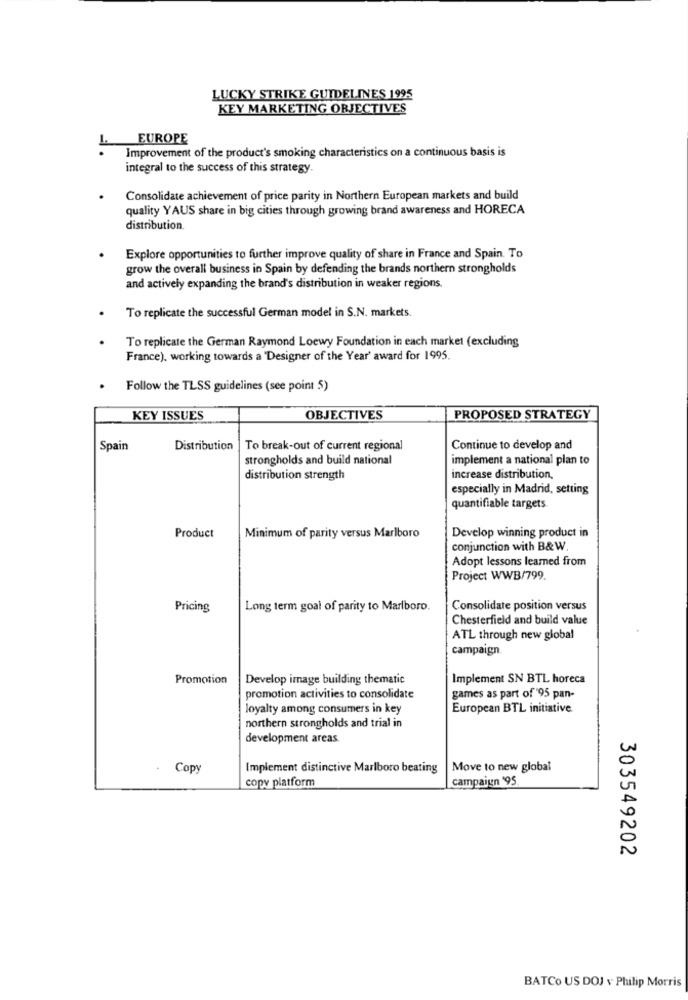
LUCKY STRIKE GUIDELINES 1995
KEY MARKETING ORJECTIVES
EUROPE
L
Improvement of the product's smoking characteristics on a continuous basis is
integral to the success of this strategy.
Consolidate achievement of price parity in Northern European markets and build
quality YAUS share in big cities through growing brand awareness and HORECA
distribution.
Explore opportunities to further improve quality of share in France and Spain. To
grow the overall business in Spain by defending the brands northern strongholds
and actively expanding the brand's distribution in weaker regions.
To replicate the successful German model in S.N. markets.
To replicate the German Raymond Loewy Foundation in each market (excluding
France), working towards a 'Designer of the Year' award for 1995.
Follow the TLSS guidelines (see point 5)
KEY ISSUES
OBJECTIVES
PROPOSED STRATEGY
Spain
Distribution | To break-out of current regional
Continue to develop and
strongholds and build national
implement a national plan to
distribution strength
increase distribution,
especially in Madrid, setting
quantifiable targets.
Product
Minimum of parity versus Marlboro
Develop winning product in
conjunction with B& W.
Adopt lessons learned from
Project WWB/799.
Pricing
Long term goal of parity to Marlboro.
Consolidate position versus
Chesterfield and build value
ATL through new global
campaign.
Promotion
Develop image building thematic
Implement SN BTL horeca
promotion activities to consolidate
games as part of '95 pan-
loyalty among consumers in key
European BTL initiative
northern strongholds and trial in
development areas.
Copy
Implement distinctive Marlboro beating
Move to new global
copy platform
campaign 195
303549202
BATCo US DOJ v Philip Morris